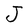
Character: J